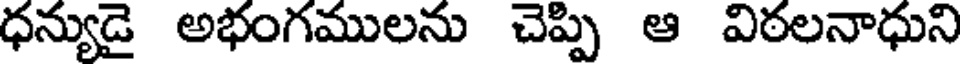
ధన్యుడై అభంగములను చెప్పి ఆ విఠలనాధుని